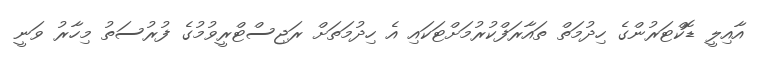
އާއިލީ ޑޮކްޓަރުންގެ ހިދުމަތް ތައާރަފްކުރުމަށްޓަކައި އެ ހިދުމަތަށް ރަޖިސްޓްރީވުމުގެ ފުރުސަތު މިހާރު ވަނީ